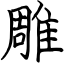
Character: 雕